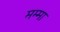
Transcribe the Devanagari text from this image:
मम्मा